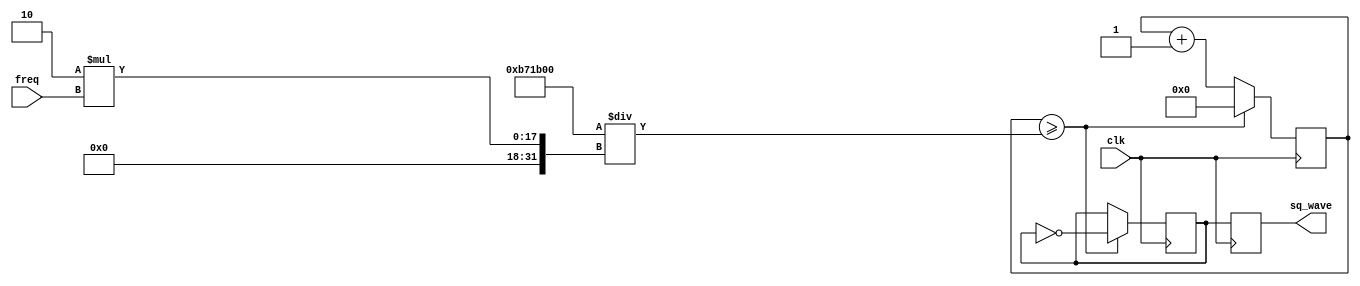
module square_wave_gen(
    input clk,             // Clock de 12 MHz
    input [15:0] freq,     // Frecuencia de entrada (16 bits representan freq de hasta 2^16 = 65.5kHz)
    output reg sq_wave     // Seal cuadrada de salida
);

    // Frecuencia clock EDU-FPGA 
    localparam CLOCK_FREQUENCY = 12000000;

    reg [31:0] cont;   // Contador de 32 bits para manejar el umbral calculado
    reg state;
    wire [31:0] toggle = CLOCK_FREQUENCY / (2 * freq); // Umbral para alternar la seal (Y si freq =0?)

     initial begin
        cont = 0;
        state = 0;
        sq_wave = 0;
    end

        always @(posedge clk) begin
            if (cont >= toggle) begin
                cont <= 0;
                state <= ~state;
            end 
            else begin
                cont <= cont + 1;
            end
            sq_wave <= state;
            $display("Time: %t | clk: %b | freq: %d | cont: %d | toggle: %d | state: %b | sq_wave: %b", 
                 $time, clk, freq, cont, toggle, state, sq_wave);
        end

endmodule